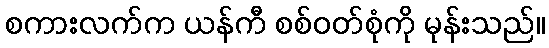
စကားလက်က ယန်ကီ စစ်ဝတ်စုံကို မုန်းသည်။